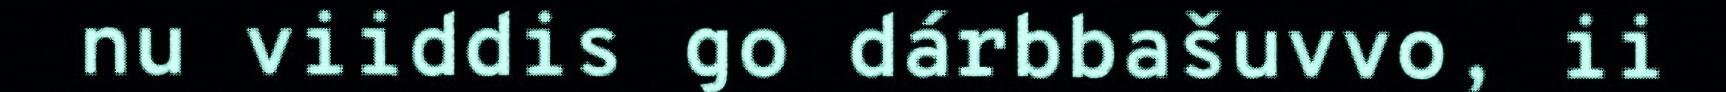
nu viiddis go dárbbašuvvo, ii